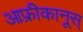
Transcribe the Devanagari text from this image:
आफ़्रीकानूस्